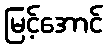
မြင့်အောင်